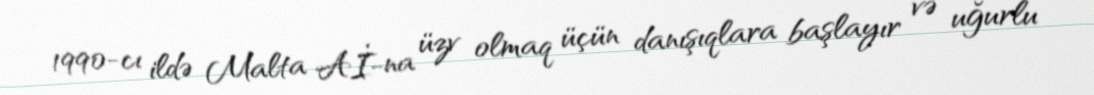
1990-cı ildə Malta Aİ-na üzv olmaq üçün danışıqlara başlayır və uğurlu